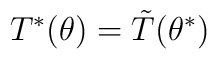
T^{*}(\theta)=\tilde T(\theta^{*})